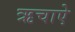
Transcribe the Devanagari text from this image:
ऋचाऐ